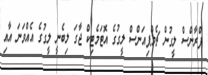
ފްރާންސް ލީގުން ޗެމްޕިއަންސް ލީގުގެ އޮޓަމެޓިކް ޖާގަ ލިބެނީ ލީގުގެ އެއްވަނަ އާއި